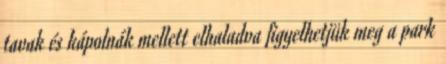
tavak és kápolnák mellett elhaladva figyelhetjük meg a park